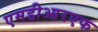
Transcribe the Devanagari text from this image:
एमडीआरएफ